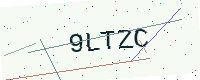
Text: 9LTZC